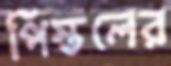
পিস্তলের